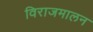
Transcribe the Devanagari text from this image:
विराजमालन